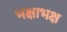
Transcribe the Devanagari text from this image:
भक्षाभक्ष